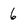
Character: 6